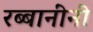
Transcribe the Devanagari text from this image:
रब्बानींनी